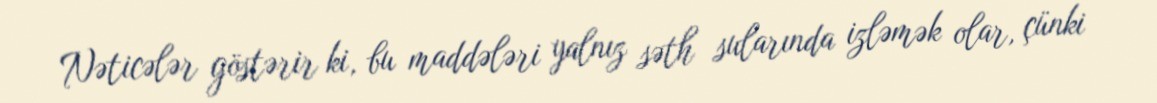
Nəticələr göstərir ki, bu maddələri yalnız səth sularında izləmək olar, çünki